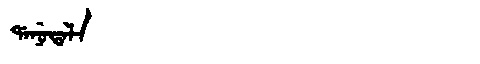
Manchu: ᡩᠠᠨᡠᡨᠠᠯᠠ
Romanization: DANUTALA